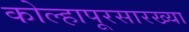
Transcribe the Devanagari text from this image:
कोल्हापूरसारख्या